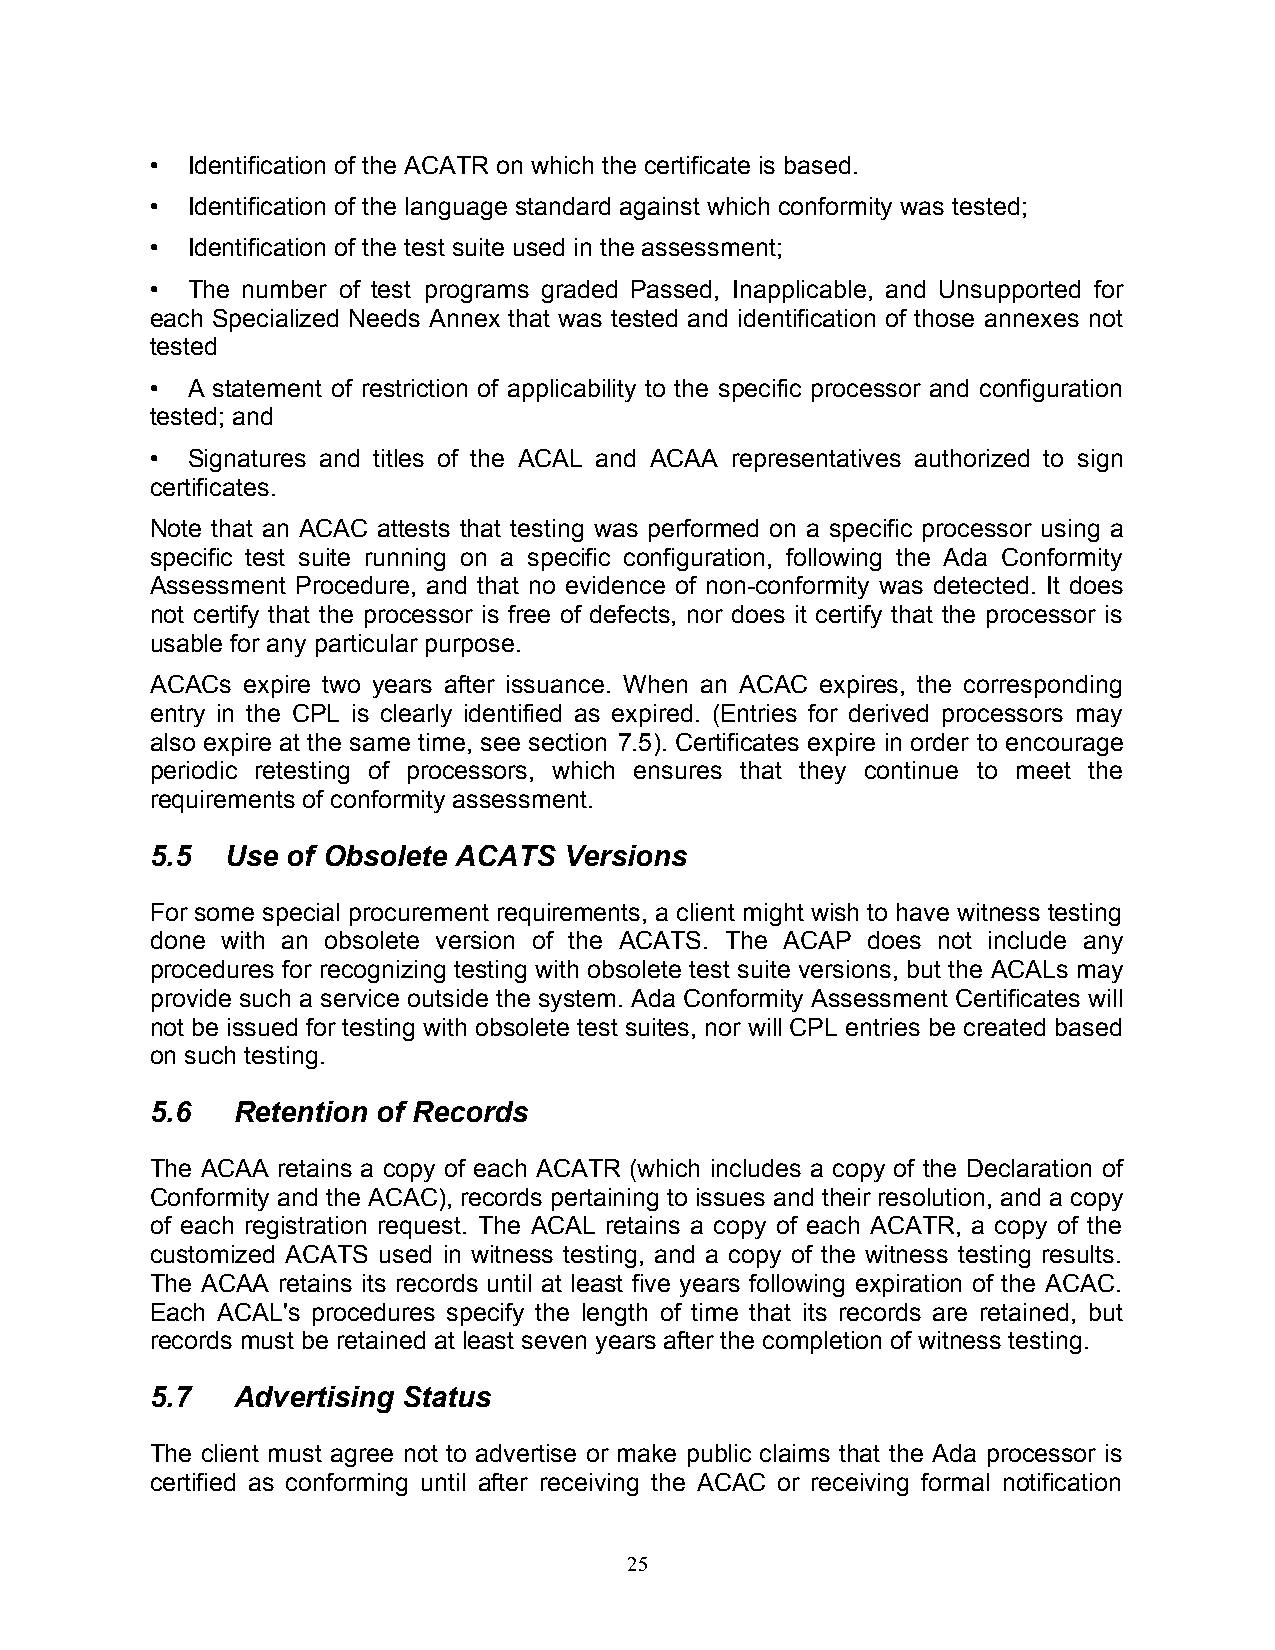
• Identification of the ACATR on which the certificate is based.
 • Identification of the language standard against which conformity was tested;
 • Identification of the test suite used in the assessment;
 • The number of test programs graded Passed, Inapplicable, and Unsupported for
 each Specialized Needs Annex that was tested and identification of those annexes not
 tested
 • A statement of restriction of applicability to the specific processor and configuration
 tested; and
 • Signatures and titles of the ACAL and ACAA representatives authorized to sign
 certificates.
 Note that an ACAC attests that testing was performed on a specific processor using a
 specific test suite running on a specific configuration, following the Ada Conformity
 Assessment Procedure, and that no evidence of non-conformity was detected. It does
 not certify that the processor is free of defects, nor does it certify that the processor is
 usable for any particular purpose.
 ACACs expire two years after issuance. When an ACAC expires, the corresponding
 entry in the CPL is clearly identified as expired. (Entries for derived processors may
 also expire at the same time, see section 7.5). Certificates expire in order to encourage
 periodic retesting of processors, which ensures that they continue to meet the
 requirements of conformity assessment.
 5.5  Use of Obsolete ACATS Versions
 For some special procurement requirements, a client might wish to have witness testing
 done with an obsolete version of the ACATS. The ACAP does not include any
 procedures for recognizing testing with obsolete test suite versions, but the ACALs may
 provide such a service outside the system. Ada Conformity Assessment Certificates will
 not be issued for testing with obsolete test suites, nor will CPL entries be created based
 on such testing.
 5.6  Retention of Records
 The ACAA retains a copy of each ACATR (which includes a copy of the Declaration of
 Conformity and the ACAC), records pertaining to issues and their resolution, and a copy
 of each registration request. The ACAL retains a copy of each ACATR, a copy of the
 customized ACATS used in witness testing, and a copy of the witness testing results.
 The ACAA retains its records until at least five years following expiration of the ACAC.
 Each ACAL's procedures specify the length of time that its records are retained, but
 records must be retained at least seven years after the completion of witness testing.
 5.7  Advertising Status
 The client must agree not to advertise or make public claims that the Ada processor is
 certified as conforming until after receiving the ACAC or receiving formal notification
 25